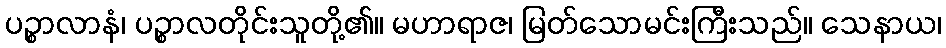
ပဉ္စာလာနံ၊ ပဉ္စာလတိုင်းသူတို့၏။ မဟာရာဇ၊ မြတ်သောမင်းကြီးသည်။ သေနာယ၊